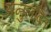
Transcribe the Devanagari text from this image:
अनुलंबित